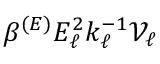
\beta ^ { ( E ) } E _ { \ell } ^ { 2 } k _ { \ell } ^ { - 1 } \mathcal { V } _ { \ell }